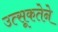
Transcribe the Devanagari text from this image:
उत्सूकतेने